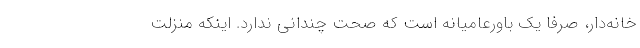
خانه‌دار، صرفا یک باورعامیانه است که صحت چندانی ندارد. اینکه منزلت